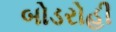
બોડરોહી